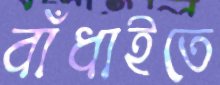
বাঁধাইতে